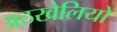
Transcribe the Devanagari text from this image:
अठखेलियों